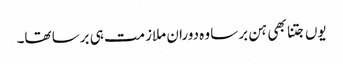
یوں جتنا بھی ہن برسا وہ دوران ملازمت ہی برسا تھا۔